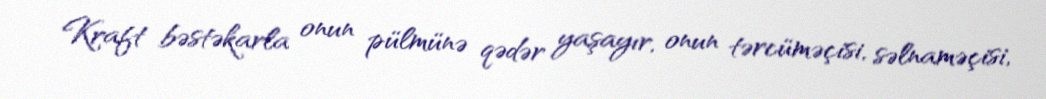
Kraft bəstəkarla onun pülmünə qədər yaşayır, onun tərcüməçisi, səlnaməçisi,